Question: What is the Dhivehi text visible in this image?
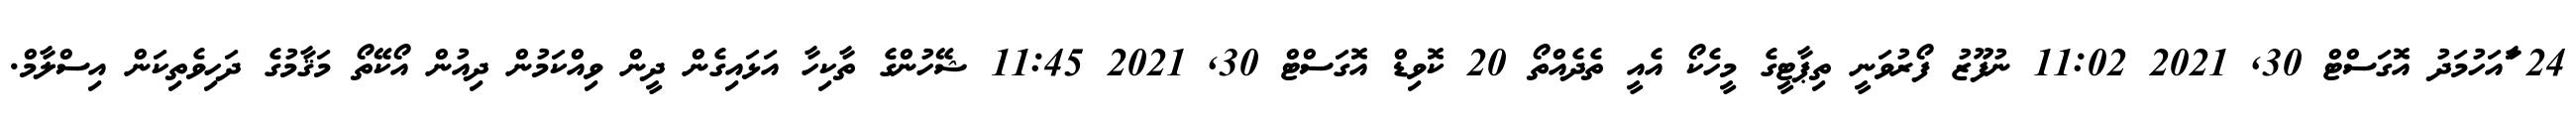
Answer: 24 ާައަހުމަދު އޮގަސްޓް 30, 2021 11:02 ނުފޫޒު ފޯރުވަނީ ތިޕާޓީގެ މީހެކޯ އެއީ ތެދެއްތޯ 20 ކޮވިޑް އޮގަސްޓް 30, 2021 11:45 ޝޭހުންގެ ތާކިހާ އަޅައިގެން ދީން ވިއްކަމުން ދިއުން އޯކޭތޯ މަޤާމުގެ ދަހިވެތިކަން އިސްލާމް.